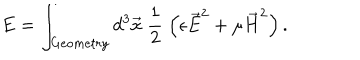
LaTeX: E = \int _ { G e o m e t r y } d ^ { 3 } \vec { x } \; \frac { 1 } { 2 } \; \left( \epsilon \vec { E } ^ { 2 } + \mu \vec { H } ^ { 2 } \right) .